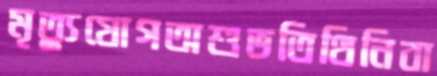
মৃত্যুযোগঅশুভতিথিনিবা